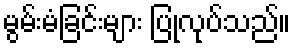
မွမ်းမံခြင်းများ ပြုလုပ်သည်။